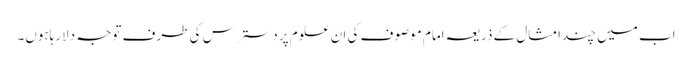
اب میں چندامثال کے ذریعہ امام موصوف کی ان علوم پر دسترس کی طرف توجہ دلارہاہوں۔